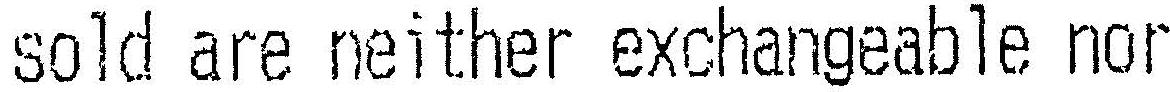
SOLD ARE NEITHER EXCHANGEABLE NOR